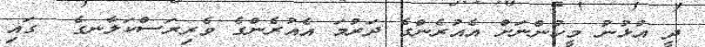
ދީ އުޅުނު މީހުންނަށް އެއުރެންގެ ދަރުމަ އެއުރެންގެ ވެރިރަސްކަލާނގެ  ގައި